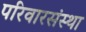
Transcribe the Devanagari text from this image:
परिवारसंस्था